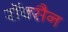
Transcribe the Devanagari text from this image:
रॉक्सैन